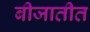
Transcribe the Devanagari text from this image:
बीजातीत